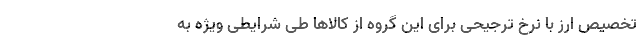
تخصیص ارز با نرخ ترجیحی برای این گروه از کالاها طی شرایطی ویژه به